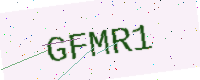
Text: GFMR1